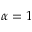
\alpha = 1